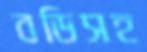
বডিসহ